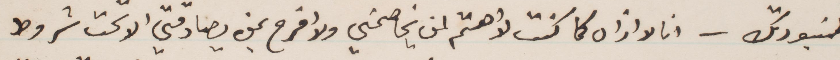
طنبورتك__انا لا اقرأه كما كنت لاهتم لمن يخاصمني ولا افرح بمن يصادقني الا تحت شروط